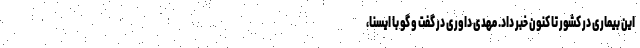
این بیماری در کشور تا کنون خبر داد. مهدی داوری در گفت و گو با ایسنا،